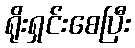
ရိုးရှင်းစေပြီး